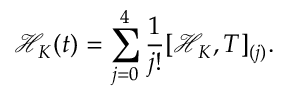
\mathcal { H } _ { K } ( t ) = \sum _ { j = 0 } ^ { 4 } \frac { 1 } { j ! } [ \mathcal { H } _ { K } , T ] _ { ( j ) } .